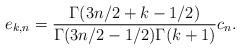
LaTeX: \begin{align*}e_{k,n}={\Gamma(3n/2+k-1/2)\over\Gamma(3n/2-1/2)\Gamma(k+1)}c_n.\end{align*}